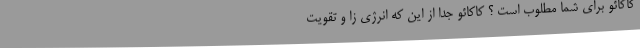
کاکائو برای شما مطلوب است ؟ کاکائو جدا از این که انرژی زا و تقویت